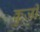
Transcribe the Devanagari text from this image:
कुजी